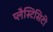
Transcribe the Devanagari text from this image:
प्लैस्टिसिटी